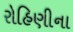
રોહિણીના